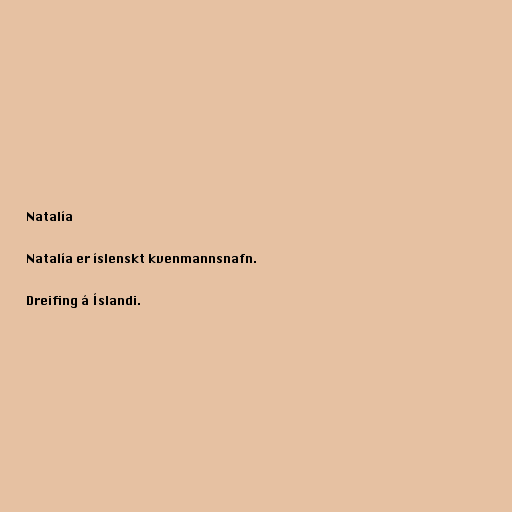
Natalía

Natalía er íslenskt kvenmannsnafn.

Dreifing á Íslandi.